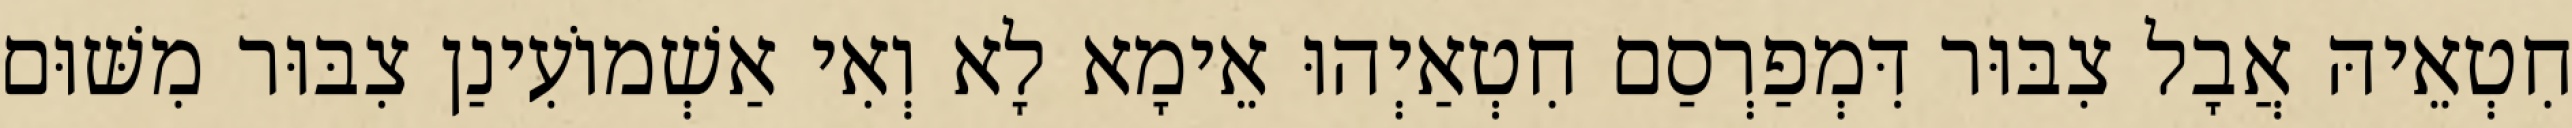
חִטְאֵיהּ אֲבָל צִבּוּר דִּמְפַרְסַם חִטְאַיְהוּ אֵימָא לָא וְאִי אַשְׁמוֹעִינַן צִבּוּר מִשּׁוּם